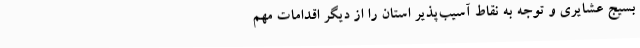
بسیج عشایری و توجه به نقاط آسیب‌پذیر استان را از دیگر اقدامات مهم